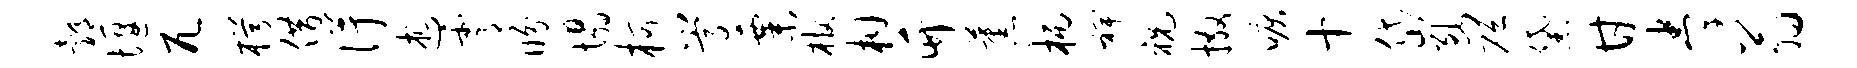
邰堰兀枵借得述霄盼塌柯嵩粟棺柑竹蕉柄裨祝撒唳十岱断砭黛甘拳翁